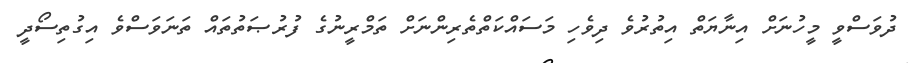
ދުވަސްވީ މީހުނަށް އިނާޔަތް އިތުރުވެ ދިވެހި މަސައްކަތްތެރިންނަށް ތަމްރީނުގެ ފުރުޞަތުތައް ތަނަވަސްވެ އިގުތިސޯދީ